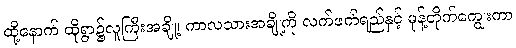
ထို့နောက် ထိုရွာ၌လူကြီးအချို့၊ ကာလသားအချို့ကို လက်ဖက်ရည်နှင့် မုန့်တိုက်ကျွေးကာ